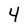
Character: 4